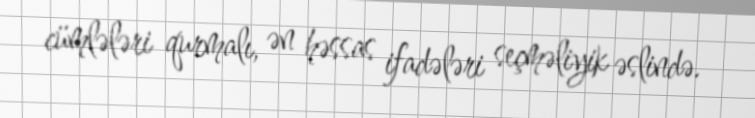
cümlələri qurmalı, ən həssas ifadələri seçməliyik əslində.